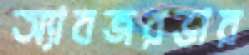
অ্যাবজরভার